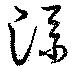
添